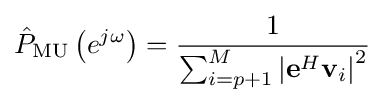
{\hat {P}}_{\text{MU}}\left(e^{j\omega }\right)={\frac {1}{\sum _{i=p+1}^{M}\left|\mathbf {e} ^{H}\mathbf {v} _{i}\right|^{2}}}